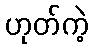
ဟုတ်ကဲ့